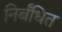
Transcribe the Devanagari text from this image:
निर्बंधित